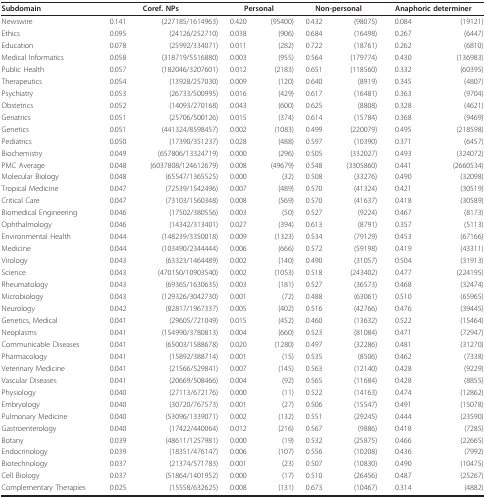
<table><thead><tr><td><b>Subdomain</b></td><td colspan="2"><b>Coref. NPs</b></td><td colspan="2"><b>Personal</b></td><td colspan="2"><b>Non-personal</b></td><td colspan="2"><b>Anaphoric determiner</b></td></tr></thead><tbody><tr><td>Newswire</td><td>0.141</td><td>(227185/1614963)</td><td>0.420</td><td>(95400)</td><td>0.432</td><td>(98075)</td><td>0.084</td><td>(19121)</td></tr><tr><td>Ethics</td><td>0.095</td><td>(24126/252710)</td><td>0.038</td><td>(906)</td><td>0.684</td><td>(16498)</td><td>0.267</td><td>(6447)</td></tr><tr><td>Education</td><td>0.078</td><td>(25992/334071)</td><td>0.011</td><td>(282)</td><td>0.722</td><td>(18761)</td><td>0.262</td><td>(6810)</td></tr><tr><td>Medical Informatics</td><td>0.058</td><td>(318719/5516880)</td><td>0.003</td><td>(955)</td><td>0.564</td><td>(179774)</td><td>0.430</td><td>(136983)</td></tr><tr><td>Public Health</td><td>0.057</td><td>(182046/3207601)</td><td>0.012</td><td>(2183)</td><td>0.651</td><td>(118560)</td><td>0.332</td><td>(60395)</td></tr><tr><td>Therapeutics</td><td>0.054</td><td>(13928/257030)</td><td>0.009</td><td>(120)</td><td>0.640</td><td>(8919)</td><td>0.345</td><td>(4807)</td></tr><tr><td>Psychiatry</td><td>0.053</td><td>(26733/500995)</td><td>0.016</td><td>(429)</td><td>0.617</td><td>(16481)</td><td>0.363</td><td>(9704)</td></tr><tr><td>Obstetrics</td><td>0.052</td><td>(14093/270168)</td><td>0.043</td><td>(600)</td><td>0.625</td><td>(8808)</td><td>0.328</td><td>(4621)</td></tr><tr><td>Geriatrics</td><td>0.051</td><td>(25706/500126)</td><td>0.015</td><td>(374)</td><td>0.614</td><td>(15784)</td><td>0.368</td><td>(9469)</td></tr><tr><td>Genetics</td><td>0.051</td><td>(441324/8598457)</td><td>0.002</td><td>(1083)</td><td>0.499</td><td>(220079)</td><td>0.495</td><td>(218598)</td></tr><tr><td>Pediatrics</td><td>0.050</td><td>(17390/351237)</td><td>0.028</td><td>(488)</td><td>0.597</td><td>(10390)</td><td>0.371</td><td>(6457)</td></tr><tr><td>Biochemistry</td><td>0.049</td><td>(657806/13324719)</td><td>0.000</td><td>(296)</td><td>0.505</td><td>(332027)</td><td>0.493</td><td>(324072)</td></tr><tr><td>PMC Average</td><td>0.048</td><td>(6037808/124612679)</td><td>0.008</td><td>(49679)</td><td>0.548</td><td>(3305860)</td><td>0.441</td><td>(2660534)</td></tr><tr><td>Molecular Biology</td><td>0.048</td><td>(65547/1365525)</td><td>0.000</td><td>(32)</td><td>0.508</td><td>(33276)</td><td>0.490</td><td>(32098)</td></tr><tr><td>Tropical Medicine</td><td>0.047</td><td>(72539/1542496)</td><td>0.007</td><td>(489)</td><td>0.570</td><td>(41324)</td><td>0.421</td><td>(30519)</td></tr><tr><td>Critical Care</td><td>0.047</td><td>(73103/1560348)</td><td>0.008</td><td>(569)</td><td>0.570</td><td>(41637)</td><td>0.418</td><td>(30589)</td></tr><tr><td>Biomedical Engineering</td><td>0.046</td><td>(17502/380556)</td><td>0.003</td><td>(50)</td><td>0.527</td><td>(9224)</td><td>0.467</td><td>(8173)</td></tr><tr><td>Ophthalmology</td><td>0.046</td><td>(14342/313401)</td><td>0.027</td><td>(394)</td><td>0.613</td><td>(8791)</td><td>0.357</td><td>(5113)</td></tr><tr><td>Environmental Health</td><td>0.044</td><td>(148239/3350018)</td><td>0.009</td><td>(1323)</td><td>0.534</td><td>(79129)</td><td>0.453</td><td>(67166)</td></tr><tr><td>Medicine</td><td>0.044</td><td>(103490/2344444)</td><td>0.006</td><td>(666)</td><td>0.572</td><td>(59198)</td><td>0.419</td><td>(43311)</td></tr><tr><td>Virology</td><td>0.043</td><td>(63323/1464489)</td><td>0.002</td><td>(140)</td><td>0.490</td><td>(31057)</td><td>0.504</td><td>(31913)</td></tr><tr><td>Science</td><td>0.043</td><td>(470150/10903540)</td><td>0.002</td><td>(1053)</td><td>0.518</td><td>(243402)</td><td>0.477</td><td>(224195)</td></tr><tr><td>Rheumatology</td><td>0.043</td><td>(69365/1630635)</td><td>0.003</td><td>(181)</td><td>0.527</td><td>(36573)</td><td>0.468</td><td>(32474)</td></tr><tr><td>Microbiology</td><td>0.043</td><td>(129326/3042730)</td><td>0.001</td><td>(72)</td><td>0.488</td><td>(63061)</td><td>0.510</td><td>(65965)</td></tr><tr><td>Neurology</td><td>0.042</td><td>(82817/1967337)</td><td>0.005</td><td>(402)</td><td>0.516</td><td>(42766)</td><td>0.476</td><td>(39445)</td></tr><tr><td>Genetics, Medical</td><td>0.041</td><td>(29605/721049)</td><td>0.015</td><td>(452)</td><td>0.460</td><td>(13632)</td><td>0.522</td><td>(15464)</td></tr><tr><td>Neoplasms</td><td>0.041</td><td>(154990/3780813)</td><td>0.004</td><td>(660)</td><td>0.523</td><td>(81084)</td><td>0.471</td><td>(72947)</td></tr><tr><td>Communicable Diseases</td><td>0.041</td><td>(65003/1588678)</td><td>0.020</td><td>(1280)</td><td>0.497</td><td>(32286)</td><td>0.481</td><td>(31270)</td></tr><tr><td>Pharmacology</td><td>0.041</td><td>(15892/388714)</td><td>0.001</td><td>(15)</td><td>0.535</td><td>(8506)</td><td>0.462</td><td>(7338)</td></tr><tr><td>Veterinary Medicine</td><td>0.041</td><td>(21566/529841)</td><td>0.007</td><td>(145)</td><td>0.563</td><td>(12140)</td><td>0.428</td><td>(9229)</td></tr><tr><td>Vascular Diseases</td><td>0.041</td><td>(20669/508466)</td><td>0.004</td><td>(92)</td><td>0.565</td><td>(11684)</td><td>0.428</td><td>(8855)</td></tr><tr><td>Physiology</td><td>0.040</td><td>(27113/672176)</td><td>0.000</td><td>(11)</td><td>0.522</td><td>(14163)</td><td>0.474</td><td>(12862)</td></tr><tr><td>Embryology</td><td>0.040</td><td>(30720/767573)</td><td>0.001</td><td>(27)</td><td>0.506</td><td>(15547)</td><td>0.491</td><td>(15078)</td></tr><tr><td>Pulmonary Medicine</td><td>0.040</td><td>(53096/1339071)</td><td>0.002</td><td>(132)</td><td>0.551</td><td>(29245)</td><td>0.444</td><td>(23590)</td></tr><tr><td>Gastroenterology</td><td>0.040</td><td>(17422/440064)</td><td>0.012</td><td>(216)</td><td>0.567</td><td>(9886)</td><td>0.418</td><td>(7285)</td></tr><tr><td>Botany</td><td>0.039</td><td>(48611/1257981)</td><td>0.000</td><td>(19)</td><td>0.532</td><td>(25875)</td><td>0.466</td><td>(22665)</td></tr><tr><td>Endocrinology</td><td>0.039</td><td>(18351/476147)</td><td>0.006</td><td>(107)</td><td>0.556</td><td>(10208)</td><td>0.436</td><td>(7992)</td></tr><tr><td>Biotechnology</td><td>0.037</td><td>(21374/571783)</td><td>0.001</td><td>(23)</td><td>0.507</td><td>(10830)</td><td>0.490</td><td>(10475)</td></tr><tr><td>Cell Biology</td><td>0.037</td><td>(51864/1401952)</td><td>0.000</td><td>(17)</td><td>0.510</td><td>(26456)</td><td>0.487</td><td>(25267)</td></tr><tr><td>Complementary Therapies</td><td>0.025</td><td>(15558/632625)</td><td>0.008</td><td>(131)</td><td>0.673</td><td>(10467)</td><td>0.314</td><td>(4882)</td></tr></tbody></table>